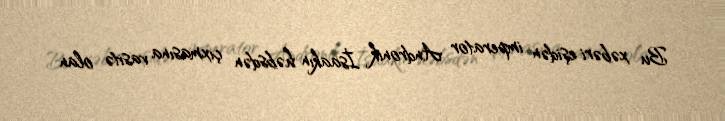
Bu xəbəri eşidən imperator Andronik İsaakın həbsdən çıxmasına vasitə olan